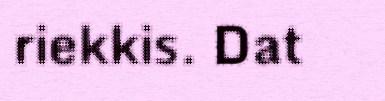
riekkis. Dat